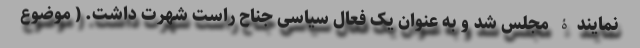
نمایندۀ مجلس شد و به عنوان یک فعال سیاسی جناح راست شهرت داشت. ( موضوع